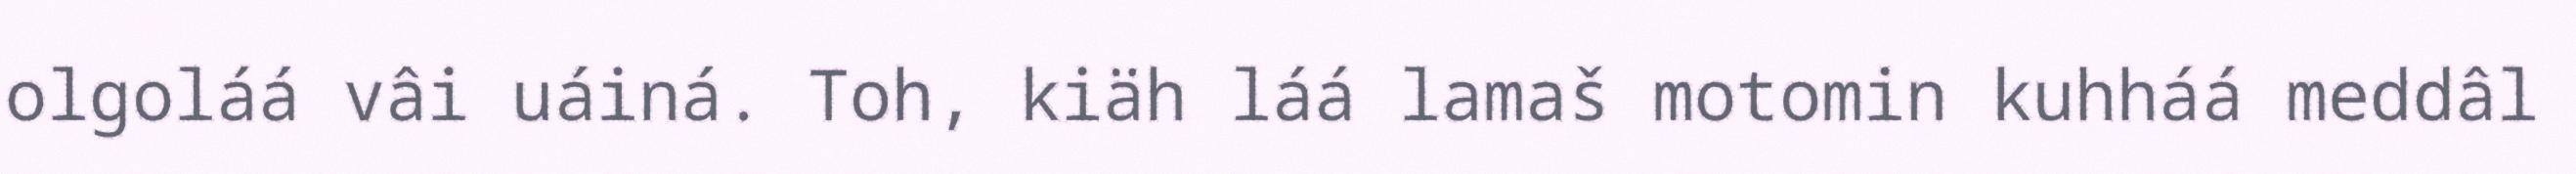
olgoláá vâi uáiná. Toh, kiäh láá lamaš motomin kuhháá meddâl